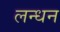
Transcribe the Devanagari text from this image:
लन्धन